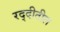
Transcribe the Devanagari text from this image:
रद्दीतील